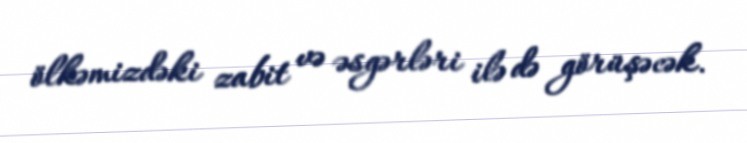
ölkəmizdəki zabit və əsgərləri ilə də görüşəcək.